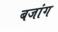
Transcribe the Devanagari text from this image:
बजांग